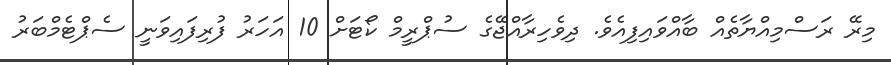
މިރޭ ރަސްމިއްޔާތެއް ބާއްވައިފިއެވެ. ދިވެހިރާއްޖޭގެ ސުޕްރީމް ކޯޓަށް 10 އަހަރު ފުރިފައިވަނީ ސެޕްޓެމްބަރު